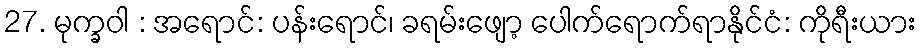
27. မုက္ခဝါ : အရောင်: ပန်းရောင်၊ ခရမ်းဖျော့ ပေါက်ရောက်ရာနိုင်ငံ: ကိုရီးယား